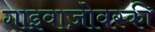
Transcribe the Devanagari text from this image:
गाइवाज़ोवस्की